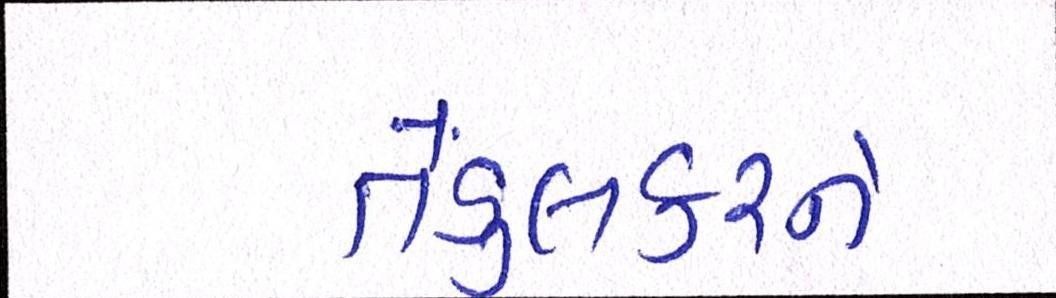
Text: તેંડુલકરને